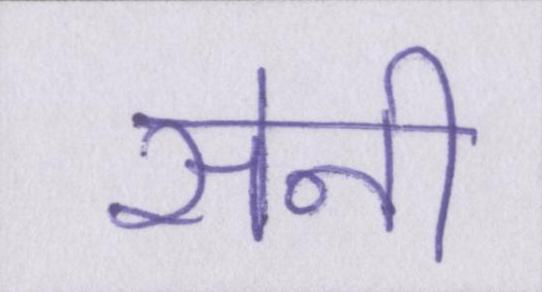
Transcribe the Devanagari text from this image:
सेनी